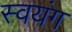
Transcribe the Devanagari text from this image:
स्वयंग